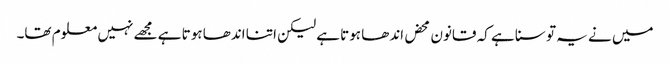
میں نے یہ تو سنا ہے کہ قانون محض اندھا ہوتا ہے لیکن اتنا اندھا ہوتا ہے مجھے نہیں معلوم تھا۔